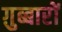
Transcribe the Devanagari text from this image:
ग़ुब्बारों